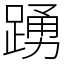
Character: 踴